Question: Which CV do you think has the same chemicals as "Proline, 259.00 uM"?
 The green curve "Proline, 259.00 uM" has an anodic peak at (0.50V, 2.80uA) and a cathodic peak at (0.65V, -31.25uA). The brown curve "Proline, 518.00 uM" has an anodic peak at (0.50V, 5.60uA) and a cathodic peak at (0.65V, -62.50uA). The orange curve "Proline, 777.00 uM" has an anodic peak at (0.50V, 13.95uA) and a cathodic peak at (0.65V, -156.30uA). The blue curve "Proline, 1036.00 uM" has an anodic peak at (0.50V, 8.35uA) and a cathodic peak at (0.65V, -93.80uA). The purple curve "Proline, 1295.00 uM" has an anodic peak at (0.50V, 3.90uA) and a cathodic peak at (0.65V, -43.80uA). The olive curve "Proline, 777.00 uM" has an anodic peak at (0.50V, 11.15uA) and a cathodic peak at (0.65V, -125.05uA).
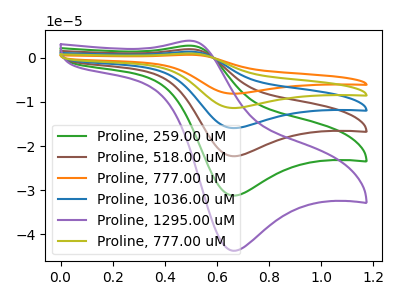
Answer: <think>All the peaks in "Proline, 259.00 uM" have a peak in "Proline, 518.00 uM" at the same potential. Every peak in "Proline, 259.00 uM" is lower than every peak in "Proline, 518.00 uM". All the peaks in "Proline, 259.00 uM" have a peak in "Proline, 777.00 uM" at the same potential. Every peak in "Proline, 259.00 uM" is lower than every peak in "Proline, 777.00 uM". All the peaks in "Proline, 259.00 uM" have a peak in "Proline, 1036.00 uM" at the same potential. Every peak in "Proline, 259.00 uM" is lower than every peak in "Proline, 1036.00 uM". All the peaks in "Proline, 259.00 uM" have a peak in "Proline, 1295.00 uM" at the same potential. Every peak in "Proline, 259.00 uM" is lower than every peak in "Proline, 1295.00 uM". All the peaks in "Proline, 259.00 uM" have a peak in "Proline, 777.00 uM" at the same potential. Every peak in "Proline, 259.00 uM" is lower than every peak in "Proline, 777.00 uM". All the peaks in "Proline, 518.00 uM" have a peak in "Proline, 777.00 uM" at the same potential. Every peak in "Proline, 518.00 uM" is lower than every peak in "Proline, 777.00 uM". All the peaks in "Proline, 518.00 uM" have a peak in "Proline, 1036.00 uM" at the same potential. Every peak in "Proline, 518.00 uM" is lower than every peak in "Proline, 1036.00 uM". All the peaks in "Proline, 518.00 uM" have a peak in "Proline, 1295.00 uM" at the same potential. Every peak in "Proline, 518.00 uM" is higher than every peak in "Proline, 1295.00 uM". All the peaks in "Proline, 518.00 uM" have a peak in "Proline, 777.00 uM" at the same potential. Every peak in "Proline, 518.00 uM" is lower than every peak in "Proline, 777.00 uM". All the peaks in "Proline, 777.00 uM" have a peak in "Proline, 1036.00 uM" at the same potential. Every peak in "Proline, 777.00 uM" is higher than every peak in "Proline, 1036.00 uM". All the peaks in "Proline, 777.00 uM" have a peak in "Proline, 1295.00 uM" at the same potential. Every peak in "Proline, 777.00 uM" is higher than every peak in "Proline, 1295.00 uM". All the peaks in "Proline, 777.00 uM" have a peak in "Proline, 777.00 uM" at the same potential. Every peak in "Proline, 777.00 uM" is higher than every peak in "Proline, 777.00 uM". All the peaks in "Proline, 1036.00 uM" have a peak in "Proline, 1295.00 uM" at the same potential. Every peak in "Proline, 1036.00 uM" is higher than every peak in "Proline, 1295.00 uM". All the peaks in "Proline, 1036.00 uM" have a peak in "Proline, 777.00 uM" at the same potential. Every peak in "Proline, 1036.00 uM" is lower than every peak in "Proline, 777.00 uM". All the peaks in "Proline, 1295.00 uM" have a peak in "Proline, 777.00 uM" at the same potential. Every peak in "Proline, 1295.00 uM" is lower than every peak in "Proline, 777.00 uM".
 </think>
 <answer>"Proline, 259.00 uM", "Proline, 518.00 uM", "Proline, 777.00 uM", "Proline, 1036.00 uM" and "Proline, 777.00 uM" have a similar shape to "Proline, 1295.00 uM".</answer>
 <eval>"Proline, 259.00 uM" "Proline, 518.00 uM" "Proline, 777.00 uM" "Proline, 1036.00 uM" "Proline, 777.00 uM"</eval>